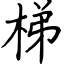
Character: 梯